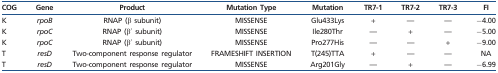
| COG | Gene | Product | Mutation Type | Mutation | TR7-1 | TR7-2 | TR7-3 | FI |
 | --- | --- | --- | --- | --- | --- | --- | --- | --- |
 | K | rpoB | RNAP (β subunit) | MISSENSE | Glu433Lys | + | — | — | −4.00 |
 | K | rpoC | RNAP (β′ subunit) | MISSENSE | Ile280Thr | — | + | — | −5.00 |
 | K | rpoC | RNAP (β′ subunit) | MISSENSE | Pro277His | — | — | + | −9.00 |
 | T | resD | Two-component response regulator | FRAMESHIFT INSERTION | T(245)TTA | + | — | — | NA |
 | T | resD | Two-component response regulator | MISSENSE | Arg201Gly | — | + | — | −6.99 |